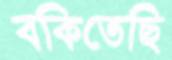
বকিতেছি